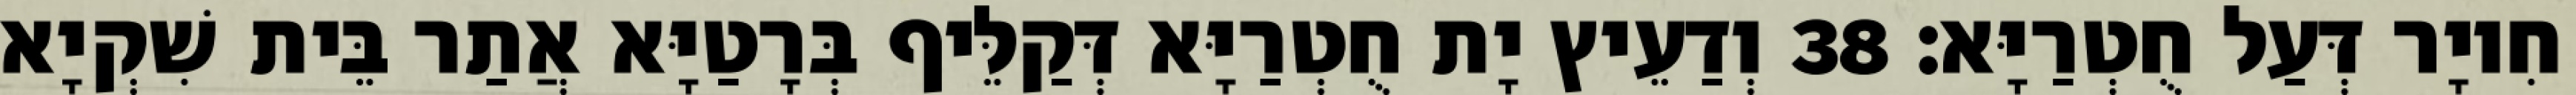
חִיוָר דְּעַל חֻטְרַיָּא׃ 38 וְדַעֵיץ יָת חֻטְרַיָּא דְּקַלֵּיף בְּרָטַיָּא אֲתַר בֵּית שִׁקְיָא